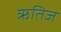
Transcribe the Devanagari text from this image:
ऋतिज